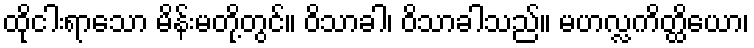
ထိုငါးရာသော မိန်းမတို့တွင်။ ဝိသာခါ၊ ဝိသာခါသည်။ မဟလ္လကိတ္ထိယော၊